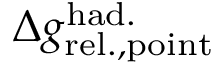
\Delta { g } _ { \mathrm { r e l . , p o i n t } } ^ { \mathrm { h a d . } }